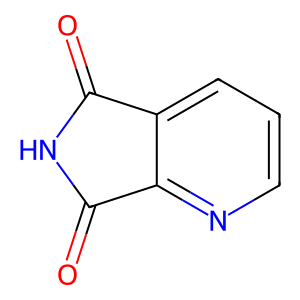
SMILES: O=C1NC(=O)c2ncccc21
Inhibits HIV replication: No